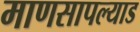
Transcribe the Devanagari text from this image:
माणसापल्याड